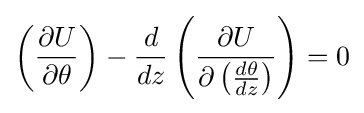
\left({\frac {\partial U}{\partial \theta }}\right)-{\frac {d}{dz}}\left({\frac {\partial U}{\partial \left({\frac {d\theta }{dz}}\right)}}\right)=0